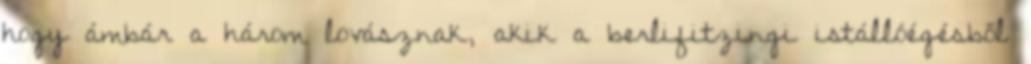
hogy ámbár a három lovásznak, akik a berlifitzingi istállóégésből